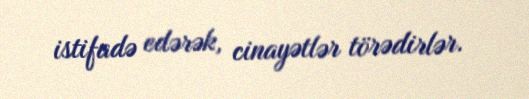
istifadə edərək, cinayətlər törədirlər.